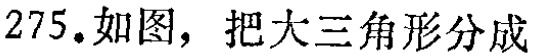
275.如图，把大三角形分成